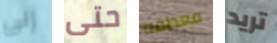
إلى حتى معطفه تريد